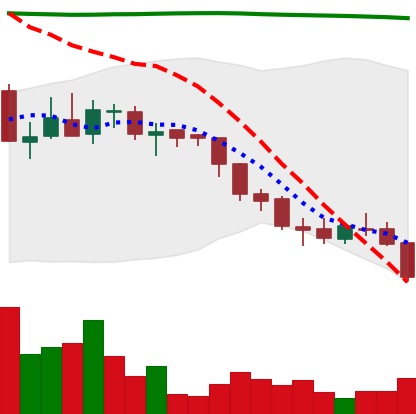
Ticker: ADA-USD
Chart end date: 2018-08-08
Forward return: -9.531%
Label: down_7plus